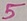
Text: 5